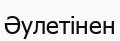
Әулетінен